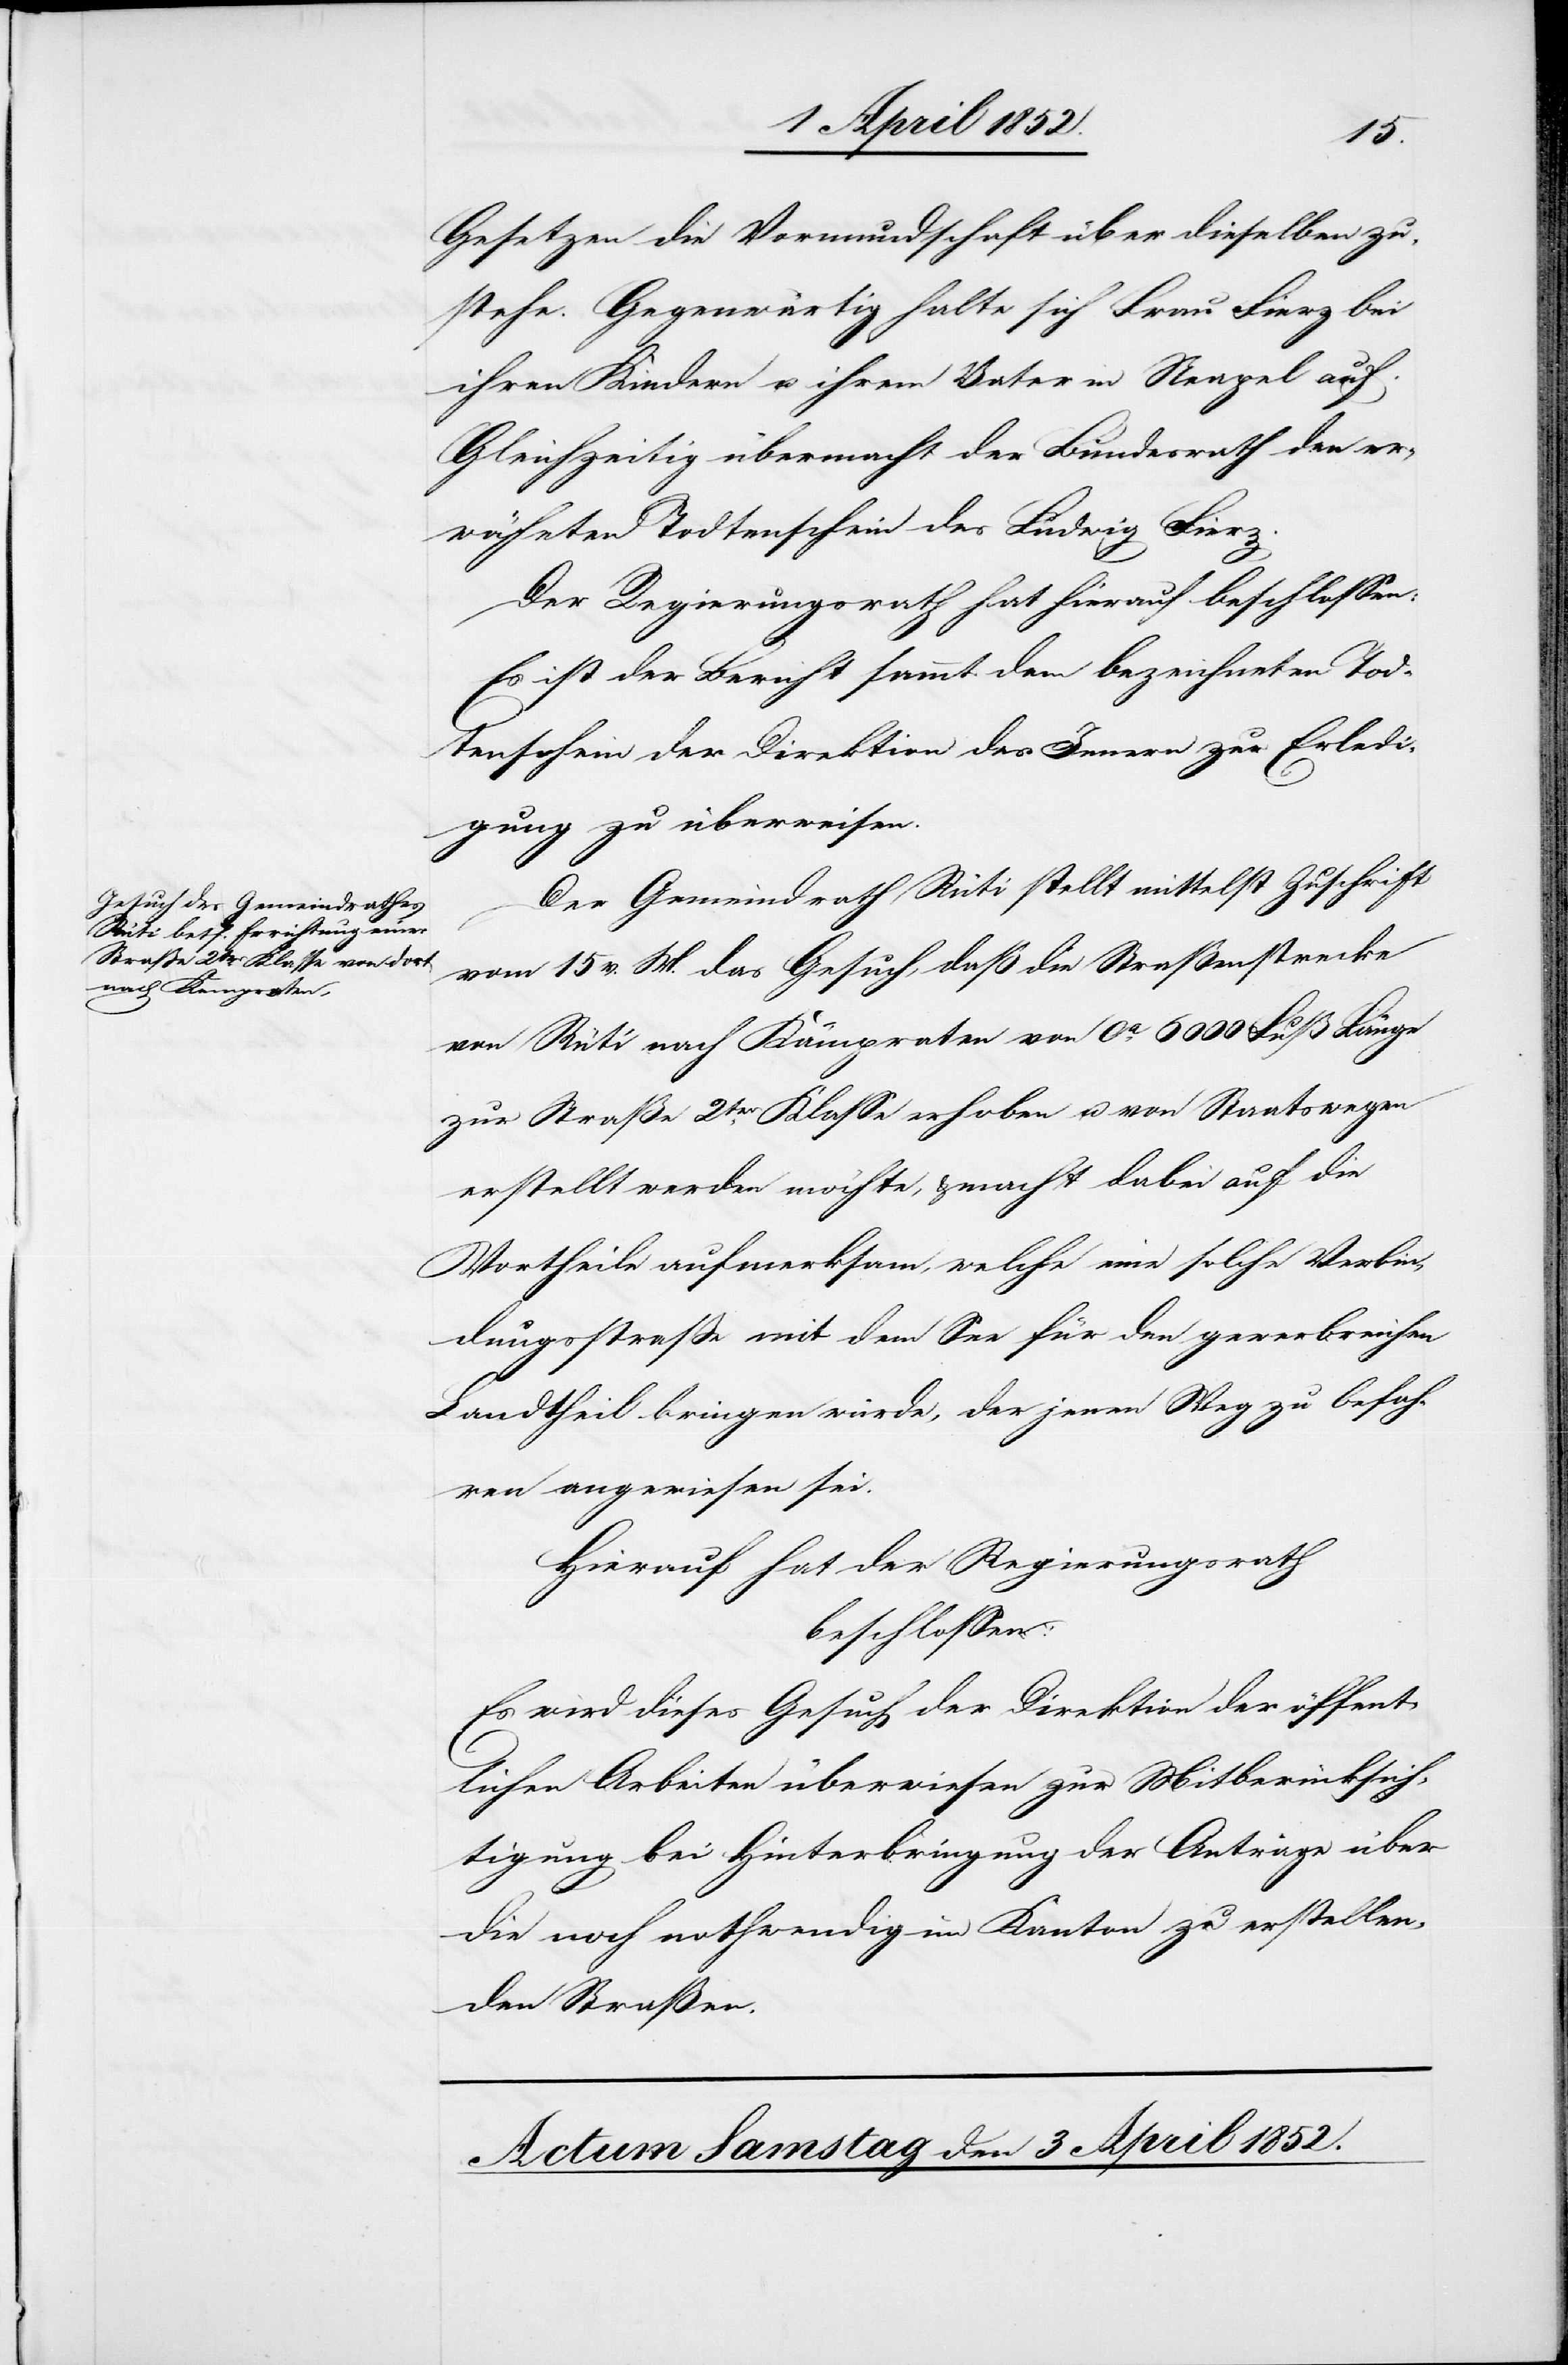
Gesetzen die Vormundschaft über dieselben zu¬
stehe. Gegenwärtig halte sich Frau Fierz bei
ihren Kindern u. ihrem Vater in Neapel auf.
Gleichzeitig übermacht der Bundesrath den er¬
wähnten Todtenschein des Ludwig Fierz.
Der Regierungsrath hat hierauf beschlossen:
Es ist der Bericht sammt dem bezeichneten Tod¬
tenschein der Direktion des Innern zur Erledi¬
gung zu überweisen.
Der Gemeindrath Rüti stellt mittelst Zuschrift
vom 15 v. M. das Gesuch, daß die Straßenstrecke
von Rüti nach Kämpraten von ca. 6000 Fuß Länge
zur Straße 2ter. Klasse erhoben u. von Staatswegen
erstellt werden möchte, & macht dabei auf die
Vortheile aufmerksam, welche eine solche Verbin¬
dungsstrasse mit dem See für den gewerbreichen
Landtheil bringen würde, der jenen Weg zu befah¬
ren angewiesen sei.
Hierauf hat der Regierungsrath
beschlossen:
Es wird dieses Gesuch der Direktion der öffent¬
lichen Arbeiten überwiesen zur Mitberücksich¬
tigung bei Hinterbringung der Anträge über
die noch nothwendig im Kanton zu erstellen¬
den Straßen.